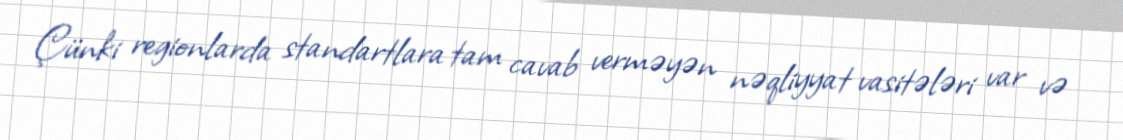
Çünki regionlarda standartlara tam cavab verməyən nəqliyyat vasitələri var və